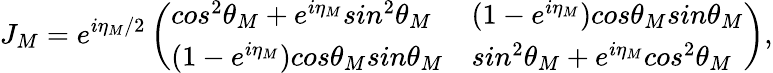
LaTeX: J_{M}=e^{i\eta_{M}/2}\left(\begin{array}{ll}{cos^{2}\theta_{M}+e^{i\eta_{M}}sin^{2}\theta_{M}}&{(1-e^{i\eta_{M}})cos\theta_{M}sin\theta_{M}}\\ {(1-e^{i\eta_{M}})cos\theta_{M}sin\theta_{M}}&{sin^{2}\theta_{M}+e^{i\eta_{M}}cos^{2}\theta_{M}}\end{array}\right),